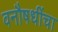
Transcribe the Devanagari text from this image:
वनौषधींचा